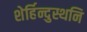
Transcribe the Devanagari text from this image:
शेर्हिन्दुस्थनि